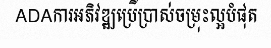
ADAការអភិវឌ្ឍប្រើប្រាស់ចម្រុះល្អបំផុត